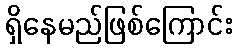
ရှိနေမည်ဖြစ်ကြောင်း